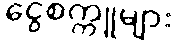
ငွေစက္ကူများ